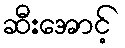
ဆီးအောင့်